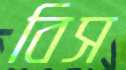
বিস